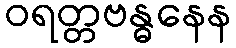
ဝရတ္တဗန္ဓနေန